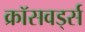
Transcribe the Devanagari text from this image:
क्रॉसवर्ड्स